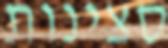
סצינות